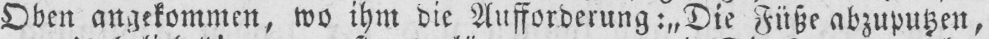
Oben angekommen, wo ihm die Aufforderung: „Die Füße abzuputzen,